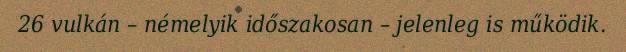
26 vulkán – némelyik időszakosan – jelenleg is működik.